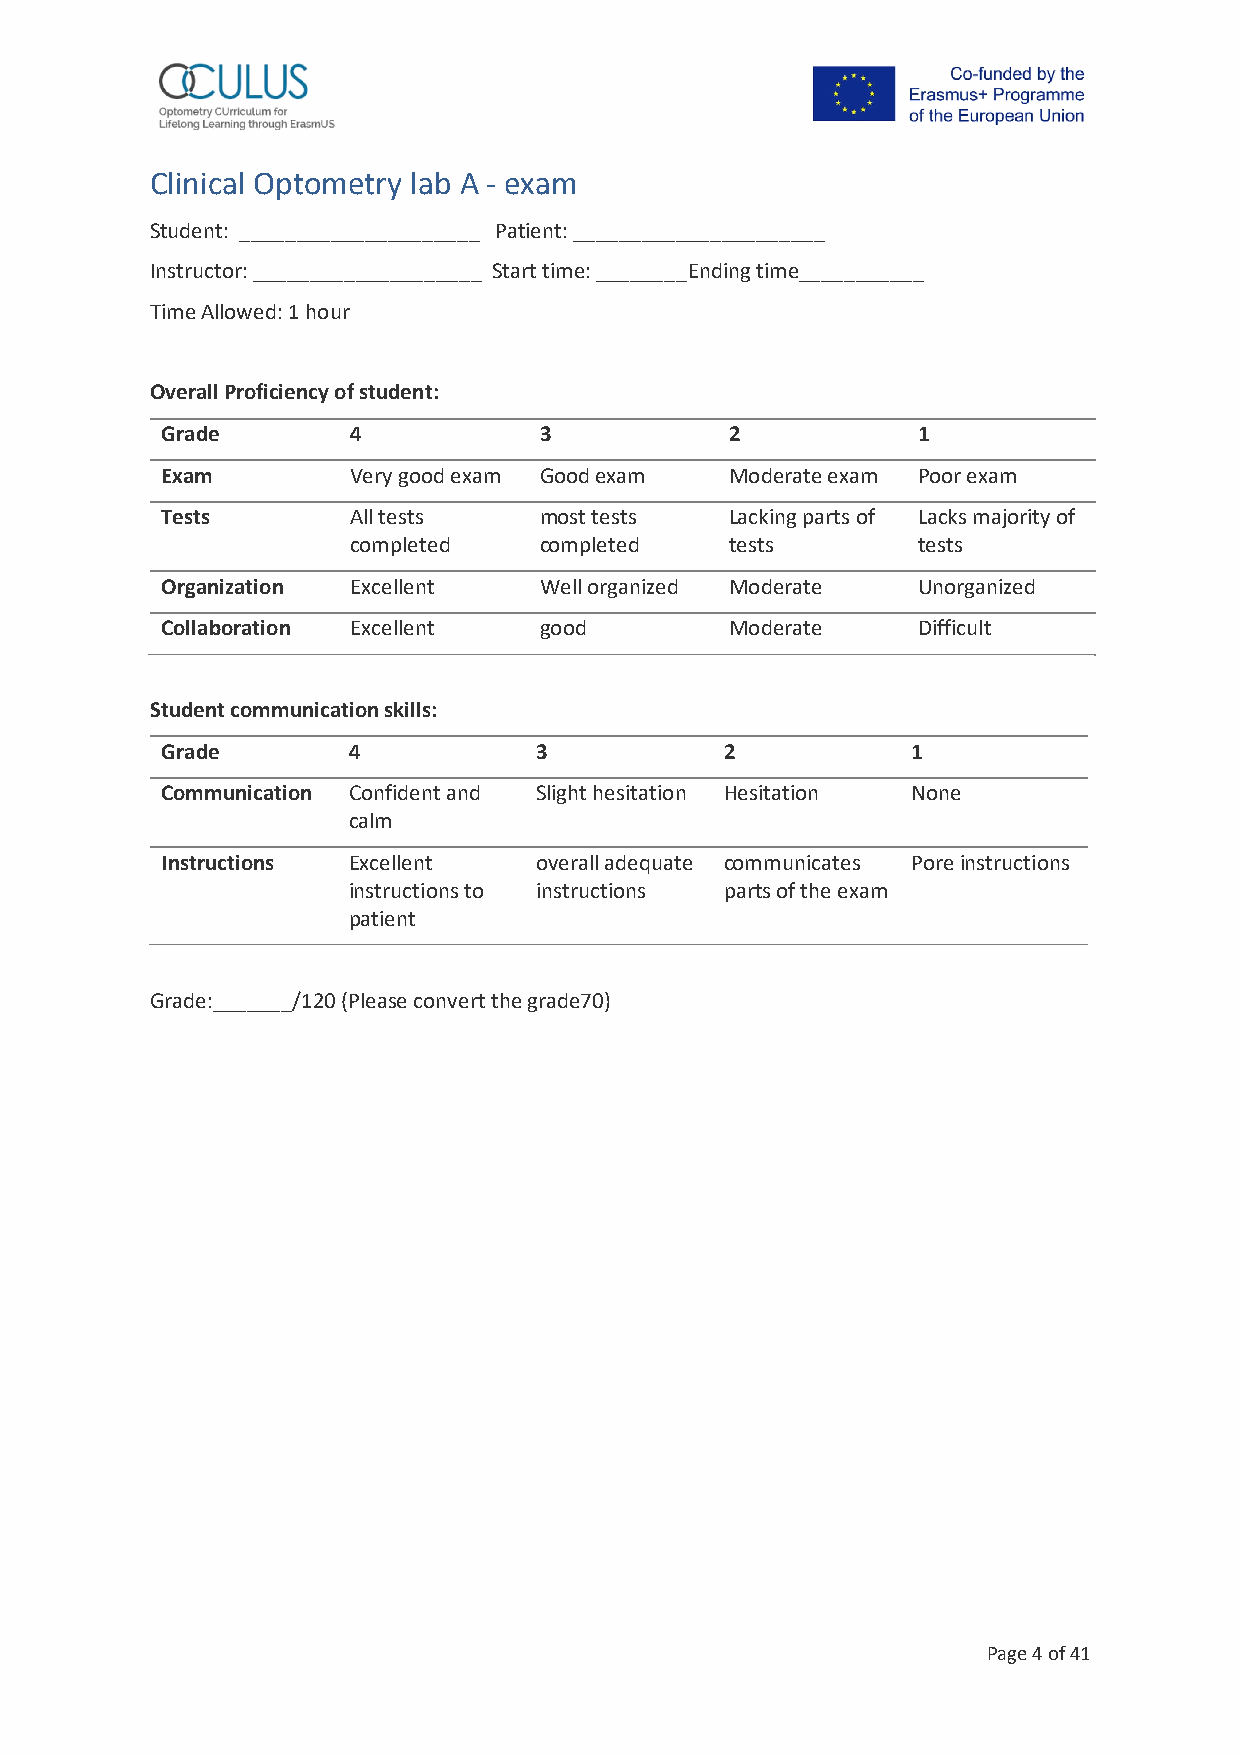
Clinical Optometry lab A - exam
 Student: _____________________ Patient: ______________________
 Instructor: ____________________ Start time: ________Ending time___________
 Time Allowed: 1 hour
 Overall Proficiency of student:
 Grade       4            3           2            1
 Exam        Very good exam Good exam Moderate exam Poor exam
 Tests       All tests    most tests  Lacking parts of Lacks majority of
 completed    completed   tests        tests
 Organization Excellent   Well organized M o d erate Unorganized
 Collaboration Excellent  good        Moderate     Difficult
 Student communication skills:
 Grade       4           3            2           1
 Communication Confident and Slight hesitation H e s i tation None
 calm
 Instructions Excellent  overall adequate communicates Pore instructions
 instructions to instructions parts of the exam
 patient
 Grade:_______/120 (Please convert the grade70)
 Page 4 of 41